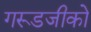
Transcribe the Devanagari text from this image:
गरूडजीको